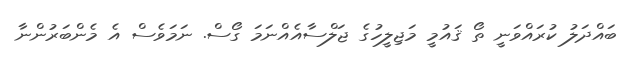
ބައްދަލު ކުރައްވަނީ ތޯ ޤައުމީ މަޖިލީހުގެ ޖަލްސާއެއްނަމަ ގޯސް. ނަމަވެސް އެ މެންބަރުންނާ